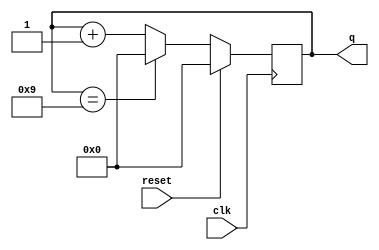
module top_module (
    input wire clk,
    input wire reset,
    output reg [3:0] q
);
    // Decade counter logic: Reset q when reset is high, 
    // otherwise increment q on each rising edge of clk, 
    // and roll back to 0 when q equals 9.
    always @(posedge clk) begin
        if (reset)
            q <= 4'b0000;
        else if (q == 4'd9)
            q <= 4'b0000;
        else
            q <= q + 1;
    end
endmodule